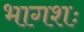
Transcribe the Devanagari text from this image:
भागशः